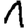
Digit: 1